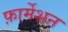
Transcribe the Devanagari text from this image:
फ़ार्मेशन